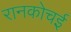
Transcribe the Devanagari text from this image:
रानकोचई